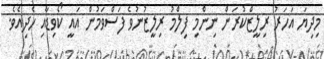
މިދިޔަ އަހަރު ރިލީޒްކުރަން ނިންމި ފިލްމު ރިލީޒުނުވެ ފަސްވަމުން އައީ ކޯވިޑާއި ހެދިއެވެ.